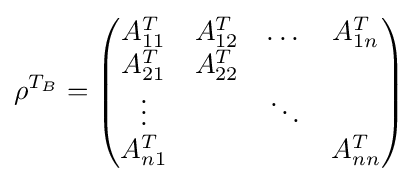
\rho ^{T_{B}}={\begin{pmatrix}A_{11}^{T}&A_{12}^{T}&\dots &A_{1n}^{T}\\A_{21}^{T}&A_{22}^{T}&&\\\vdots &&\ddots &\\A_{n1}^{T}&&&A_{nn}^{T}\end{pmatrix}}